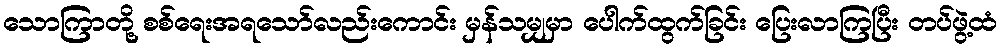
သောကြာတို့ စစ်ရေးအရသော်လည်းကောင်း မှန်သမျှမှာ ပေါက်ထွက်ခြင်း ပြေးလာကြပြီး တပ်ဖွဲ့ထံ